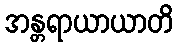
အန္တရာယာယာတိ